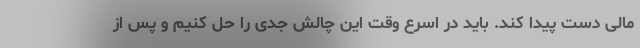
مالی دست پیدا کند. باید در اسرع وقت این چالش جدی را حل کنیم و پس از